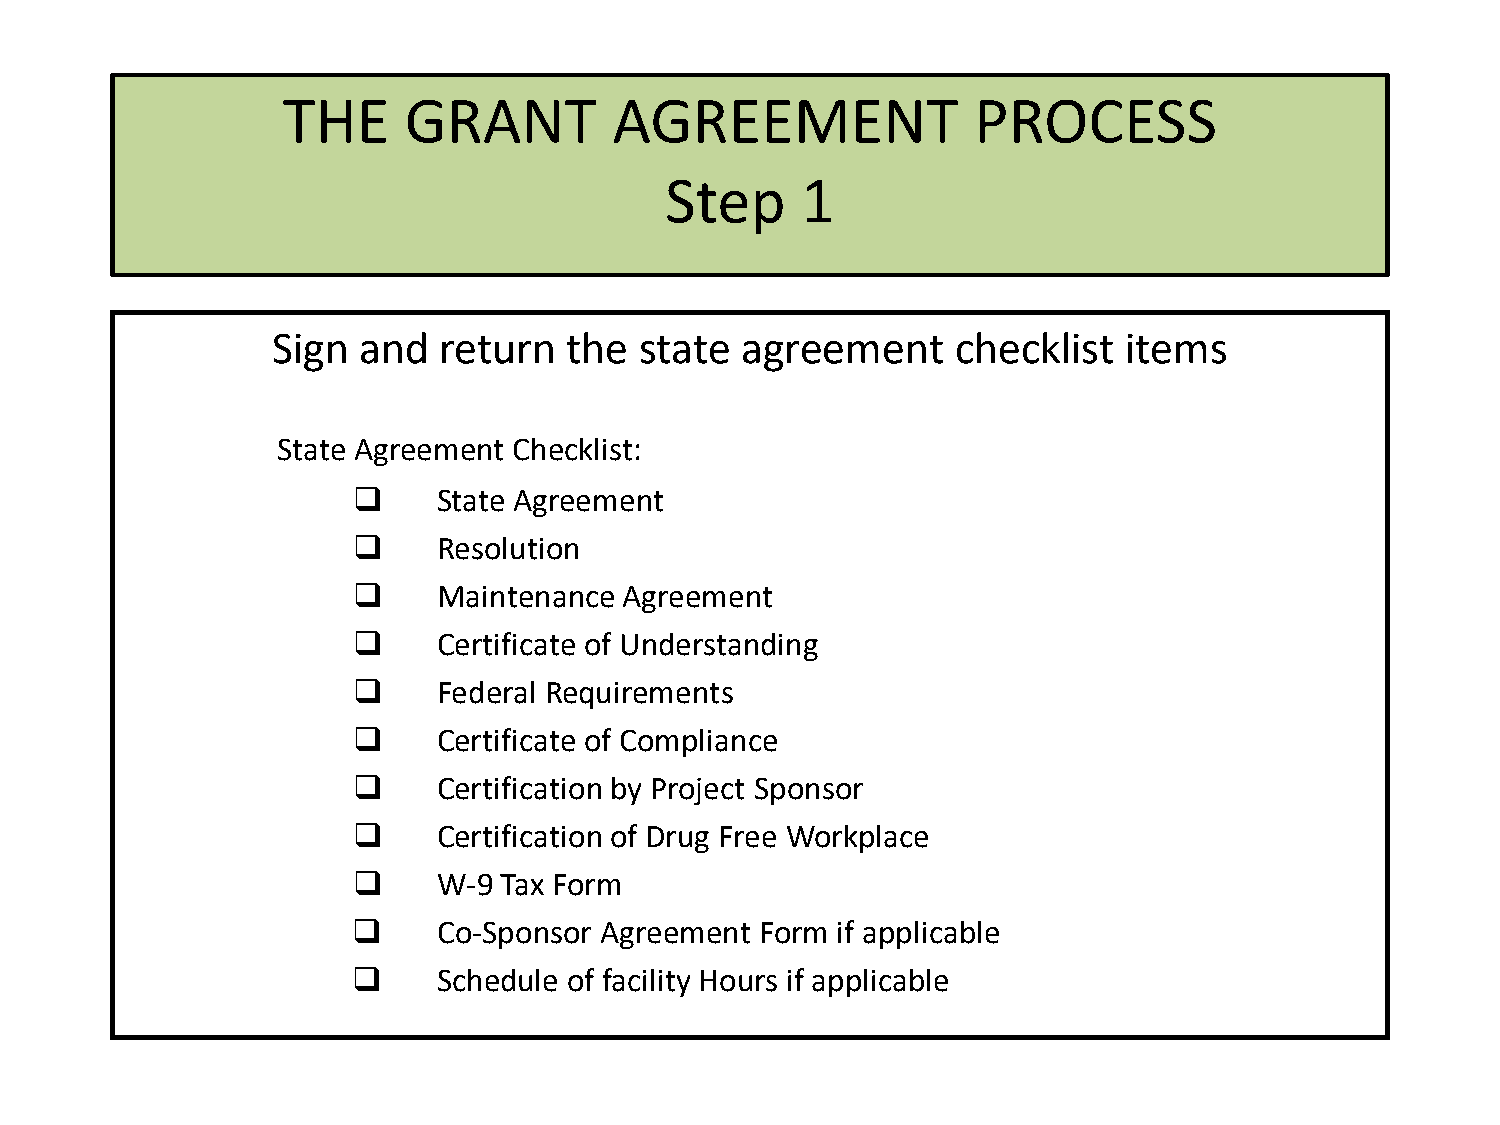
THE     GRANT         AGREEMENT              PROCESS
 Step     1
 Sign  and  return   the state  agreement     checklist   items
 State Agreement Checklist:
      State Agreement
      Resolution
      Maintenance Agreement
      Certificate of Understanding
      Federal Requirements
      Certificate of Compliance
      Certification by Project Sponsor
      Certification of Drug Free Workplace
      W-9 Tax Form
      Co-Sponsor Agreement Form if applicable
      Schedule of facility Hours if applicable